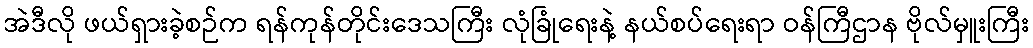
အဲဒီလို ဖယ်ရှားခဲ့စဉ်က ရန်ကုန်တိုင်းဒေသကြီး လုံခြုံရေးနဲ့ နယ်စပ်ရေးရာ ဝန်ကြီဌာန ဗိုလ်မှူးကြီး